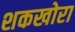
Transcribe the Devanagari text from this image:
शकखोरा